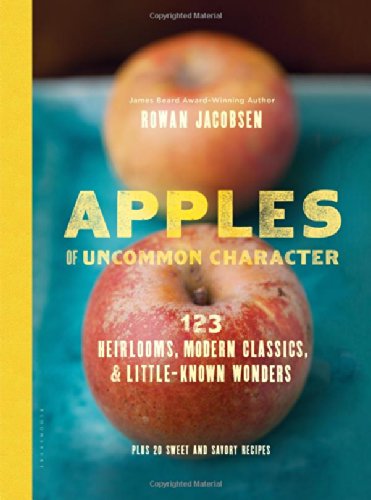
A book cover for Apples of Uncommon Character: Heirlooms, Modern Classics, and Little-Known Wonders; Rowan Jacobsen; Cookbooks, Food & Wine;